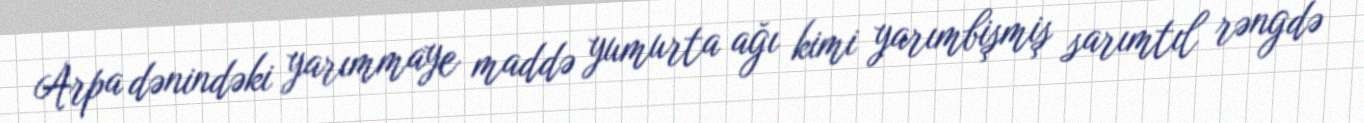
Arpa dənindəki yarımmaye maddə yumurta ağı kimi yarımbişmiş sarımtıl rəngdə